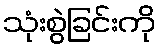
သုံးစွဲခြင်းကို